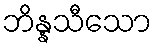
ဘိန္နသီသော